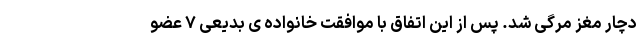
دچار مغز مرگی شد. پس از این اتفاق با موافقت خانواده ی بدیعی ۷ عضو